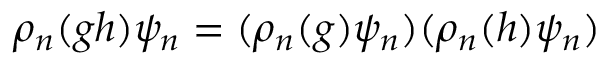
\rho _ { n } ( g h ) \psi _ { n } = ( \rho _ { n } ( g ) \psi _ { n } ) ( \rho _ { n } ( h ) \psi _ { n } )